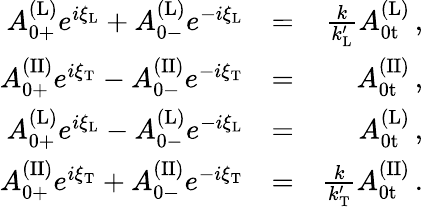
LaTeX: \begin{array}{rlr}{A_{\mathrm{0+}}^{\mathrm{(L)}}e^{i\xi_{\mathrm{L}}}+A_{\mathrm{0-}}^{\mathrm{(L)}}e^{-i\xi_{\mathrm{L}}}}&{=}&{\frac{k}{k_{\mathrm{L}}^{\prime}}A_{\mathrm{0t}}^{\mathrm{(L)}}\, ,}\\ {A_{\mathrm{0+}}^{\mathrm{(II)}}e^{i\xi_{\mathrm{T}}}-A_{\mathrm{0-}}^{\mathrm{(II)}}e^{-i\xi_{\mathrm{T}}}}&{=}&{A_{\mathrm{0t}}^{\mathrm{(II)}}\, ,}\\ {A_{\mathrm{0+}}^{\mathrm{(L)}}e^{i\xi_{\mathrm{L}}}-A_{\mathrm{0-}}^{\mathrm{(L)}}e^{-i\xi_{\mathrm{L}}}}&{=}&{A_{\mathrm{0t}}^{\mathrm{(L)}}\, ,}\\ {A_{\mathrm{0+}}^{\mathrm{(II)}}e^{i\xi_{\mathrm{T}}}+A_{\mathrm{0-}}^{\mathrm{(II)}}e^{-i\xi_{\mathrm{T}}}}&{=}&{\frac{k}{k_{\mathrm{T}}^{\prime}}A_{\mathrm{0t}}^{\mathrm{(II)}}\, .}\end{array}